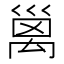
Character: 𥝁